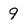
Character: 9